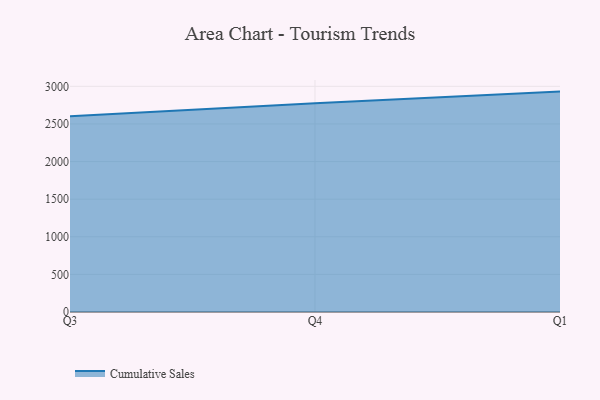
{"axis": {"x": "Quarter", "y": "Conversion Rate (%)"}, "legend": ["Cumulative Sales"], "data": [{"x": "Q3", "y": 2602.5, "type": "Cumulative Sales"}, {"x": "Q4", "y": 2774.3, "type": "Cumulative Sales"}, {"x": "Q1", "y": 2929.8, "type": "Cumulative Sales"}]}